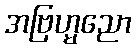
အဗြဟ္မညော